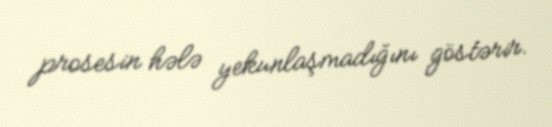
prosesin hələ yekunlaşmadığını göstərir.